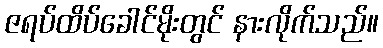
ဇရပ်ထိပ်ခေါင်မိုးတွင် နားလိုက်သည်။